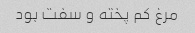
مرغ کم پخته و سفت بود